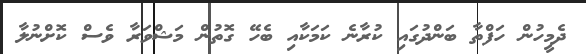
ދެމީހުން ހަފްތާ ބަންދުގައި ކުރާނެ ކަމަކާއި ބެހޭ ގޮތުން މަޝްވަރާ ވެސް ކޮށްނުލާ